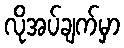
လိုအပ်ချက်မှာ